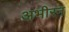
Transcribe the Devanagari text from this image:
अभीरन